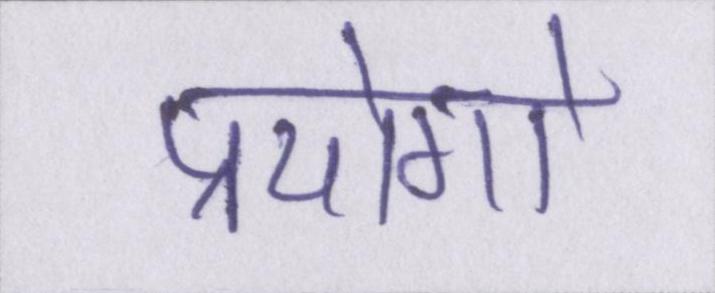
प्रयोगो